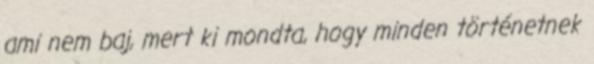
ami nem baj, mert ki mondta, hogy minden történetnek